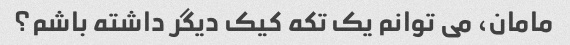
مامان، می توانم یک تکه کیک دیگر داشته باشم؟